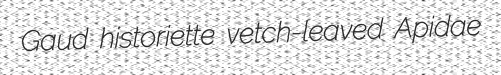
Gaud historiette vetch-leaved Apidae